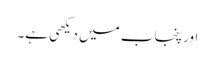
اور پنجاب میں دیکھی ہے۔